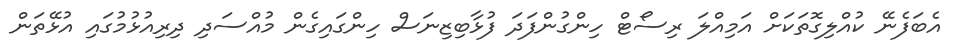
އެބަފެނޭ ކުއްލިގޮތަކަށް އަމިއްލަ ރިސޯޓް ހިންގުންފަދަ ފުޅާބިޒިނަސް ހިންގައިގެން މުއްސަދި ދިރިއުޅުމުގައި އުޅޭތަން